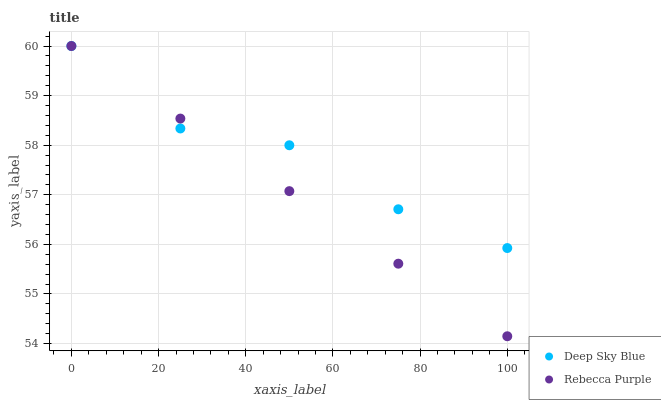
| xaxis_label | Deep Sky Blue | Rebecca Purple |
 | --- | --- | --- |
 | 0 | 60 | 60 |
 | 25 | 58.3 | 58.5 |
 | 50 | 58 | 57.1 |
 | 75 | 56.7 | 55.6 |
 | 100 | 55.9 | 54.1 |